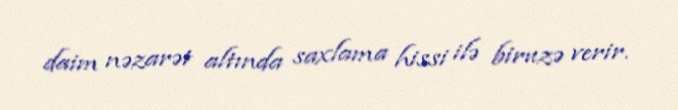
daim nəzarət altında saxlama hissi ilə biruzə verir.